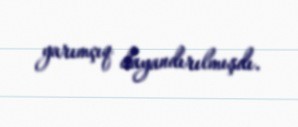
yarımçıq dayandırılmışdı.